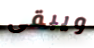
ويبقى